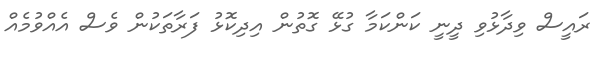
ރައީސް ވިދާޅުވި ދީނީ ކަންކަމާ ގުޅޭ ގޮތުން އިދިކޮޅު ފަރާތަކުން ވެސް އެއްވުމެއް